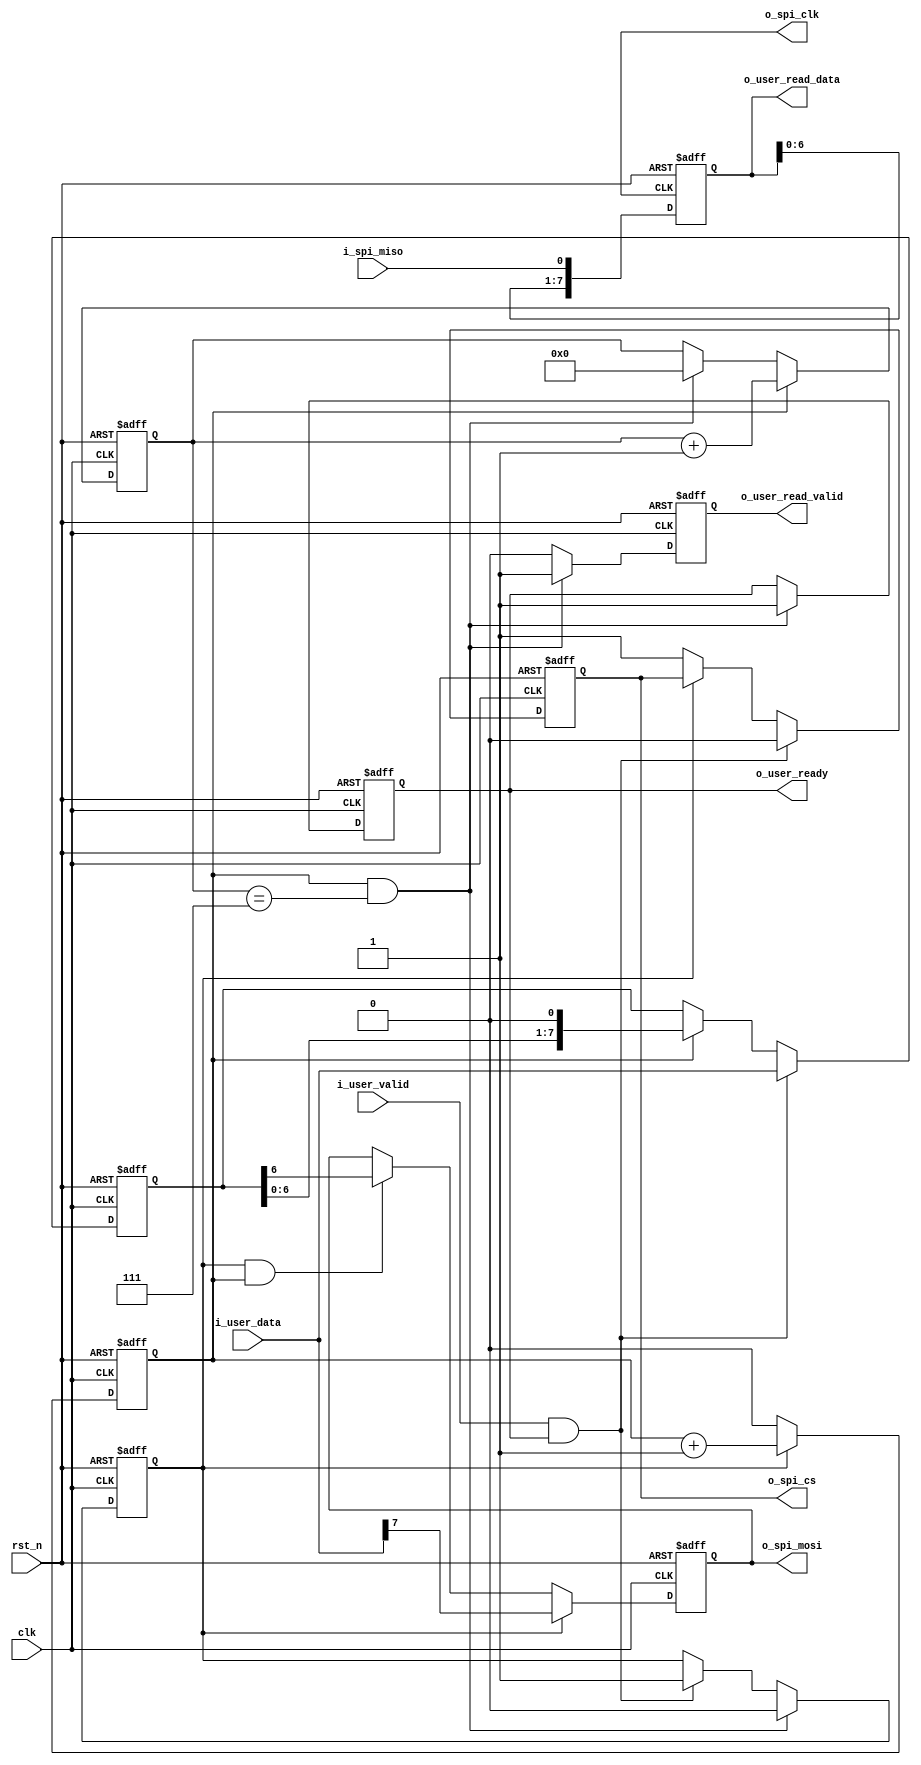
module spi_driver #(
	parameter 							P_DATA_WIDTH		=	8			,
										P_READ_DATA_WIDTH	=	8			,
										P_CPOL				=	0			,
										P_CPHL				=	0			
	) (
	input								clk									,
	input								rst_n								,

	output								o_spi_clk							,
	output								o_spi_cs							,
	output								o_spi_mosi							,
	input								i_spi_miso							,

	input	[P_DATA_WIDTH-1:0]			i_user_data							,
	input								i_user_valid						,
	output								o_user_ready						,
    output  [P_READ_DATA_WIDTH - 1:0]   o_user_read_data    				,
    output                              o_user_read_valid   
);
/*******************wire*******************/
wire							w_user_active			;

/*******************reg********************/
reg								ro_spi_clk				;
reg								ro_spi_cs				;
reg								ro_spi_mosi				;
reg								ro_user_ready			;
reg [P_DATA_WIDTH-1:0]			r_user_data				;
reg								r_run					;
reg [15:0]						r_cnt					;
reg 							r_spi_cnt				;
reg								ro_user_read_valid		;
reg	[P_READ_DATA_WIDTH - 1:0] 	ro_user_read_data 		;
/*****************assign*******************/
assign w_user_active 		= 	i_user_valid & ro_user_ready;
assign o_spi_clk	 		= 	ro_spi_clk					;
assign o_spi_cs		 		= 	ro_spi_cs					;
assign o_spi_mosi	 		= 	ro_spi_mosi					;
assign o_user_ready  		= 	ro_user_ready;
assign o_user_read_valid 	= 	ro_user_read_valid			;
assign o_user_read_data 	= 	ro_user_read_data			;
/****************always*******************/
always @(posedge clk or negedge rst_n) begin
	if(~rst_n) 
		ro_user_ready <= 'b0;
	else if(r_spi_cnt && r_cnt == 7)
		ro_user_ready <= 1;
	else
		ro_user_ready <= ro_user_ready;
end

always @(posedge clk or negedge rst_n) begin
	if(~rst_n) 
		r_run <= 'd0;
	else if(r_spi_cnt && r_cnt == 7)
		r_run <= 'd0;
	else if(w_user_active)
		r_run <= 'd1;
	else
		r_run <= r_run;
end

always @(posedge clk or negedge rst_n) begin
	if(~rst_n) 
		r_user_data <= 0;
	else if(w_user_active)
		r_user_data <= i_user_data;
	else if(r_spi_cnt)
		r_user_data <= r_user_data << 1;
	else
		r_user_data <= r_user_data;
end

always @(posedge clk or negedge rst_n) begin
	if(~rst_n) 
		ro_spi_cs <= 1'b1;
	else if(w_user_active)
		ro_spi_cs <= 'b0;
	else if(!r_run)
		ro_spi_cs <= 'b1;
	else
		ro_spi_cs <= ro_spi_cs;
end

always @(posedge clk or negedge rst_n) begin
	if(~rst_n) 
		r_cnt <= 'd0;
	else if(r_spi_cnt == 1)
		r_cnt <= r_cnt + 1'b1;
	else if(r_spi_cnt == 1 && r_cnt == 7)
		r_cnt <= 1'b0;
	else
		r_cnt <= r_cnt;
end

always @(posedge clk or negedge rst_n) begin
	if(~rst_n) 
		r_spi_cnt <= 'b0;
	else if(r_run)
		r_spi_cnt <= r_spi_cnt + 'b1;
	else
		r_spi_cnt <= 'b0;
end

always @(posedge clk or negedge rst_n) begin
	if(~rst_n) 
		ro_spi_mosi <= 'b0;
	else if(r_run)
		ro_spi_mosi <= i_user_data[P_DATA_WIDTH-1];
	else if(r_run&&r_spi_cnt)
		ro_spi_mosi <= r_user_data[P_DATA_WIDTH-2];
	else
		ro_spi_mosi <= ro_spi_mosi;
end

always @(posedge ro_spi_clk or negedge rst_n) begin
	if(~rst_n) 
		ro_user_read_data <= 'b0;
	else
		ro_user_read_data <= {ro_user_read_data[P_DATA_WIDTH-2:0],i_spi_miso};
end

always @(posedge clk or negedge rst_n) begin
	if(~rst_n) 
		ro_user_read_valid <= 'b0;
	else if(r_spi_cnt && r_cnt == 7)
		ro_user_read_valid <= 1;
	else
		ro_user_read_valid <= 'b0;
end
endmodule